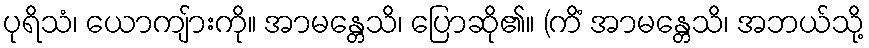
ပုရိသံ၊ ယောကျ်ားကို။ အာမန္တေသိ၊ ပြောဆို၏။ (ကိံ အာမန္တေသိ၊ အဘယ်သို့